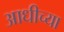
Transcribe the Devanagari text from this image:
आधीच्‍या